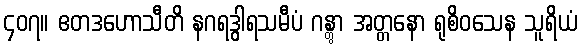
၄၀၇။ ဧတဒဟောသီတိ နဂရဒွါရသမီပံ ဂန္တွာ အတ္တနော ရုစိဝသေန သူရိယံ